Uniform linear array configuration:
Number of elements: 64
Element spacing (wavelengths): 0.75
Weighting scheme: kaiser
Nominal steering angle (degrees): -45
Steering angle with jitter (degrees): -45.135
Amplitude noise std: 0.05
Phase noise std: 0.05

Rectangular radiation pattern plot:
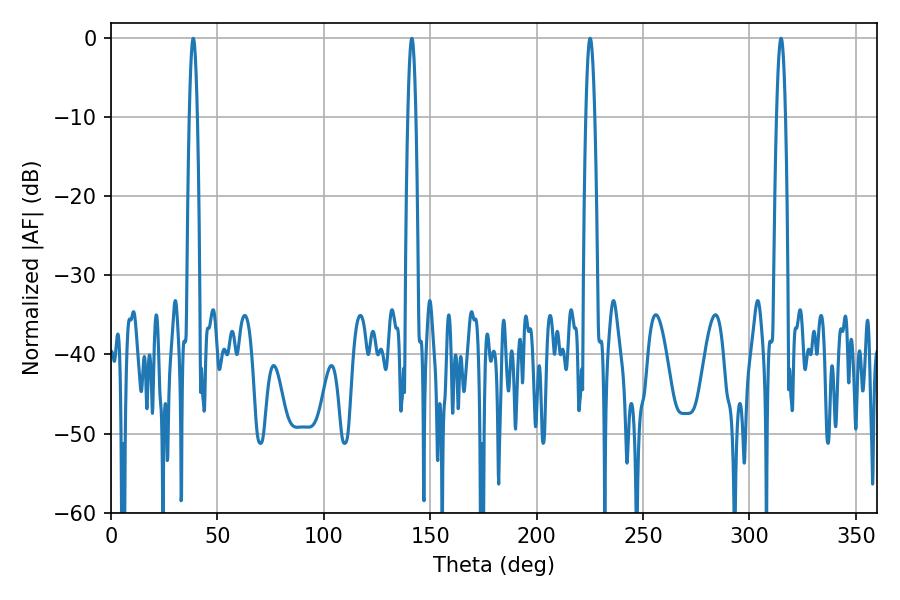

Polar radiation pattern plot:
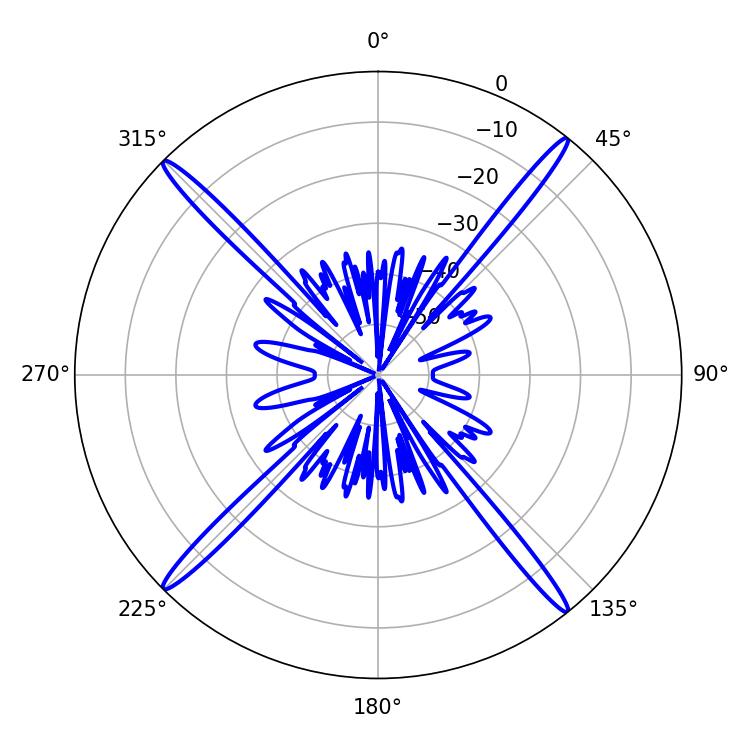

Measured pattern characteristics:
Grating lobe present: TRUE
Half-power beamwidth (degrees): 2.16
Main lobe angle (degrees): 225.18